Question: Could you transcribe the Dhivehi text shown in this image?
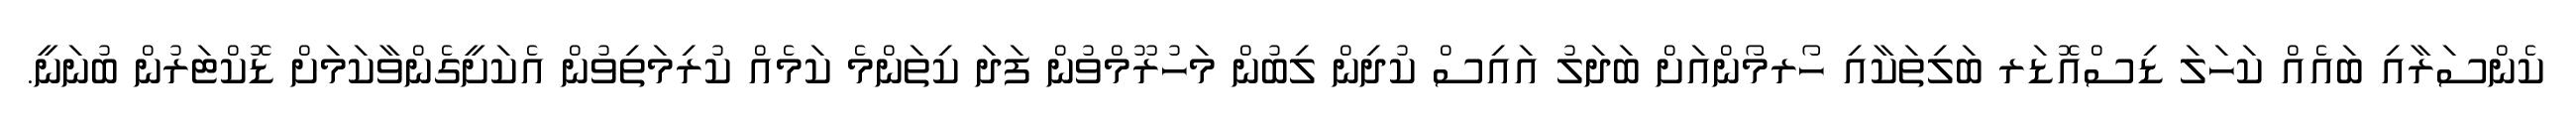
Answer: ކެންސަރާއި ބައެއް ކަހަލަ ޑިސްއޮޑަރ ބަލިތަކާއި ހޯރމޯންއަށް ބަދަލު އައިސް ކުދިން ލިބުން މަހުރޫމްވުން ފަދަ ކިތަންމެ ކަމެއް ކުރިމަތިވުން އެކަށީގެންވާކަމަށް ޑޮކްޓަރުން ބުނަނީ.